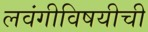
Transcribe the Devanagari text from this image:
लवंगीविषयीची